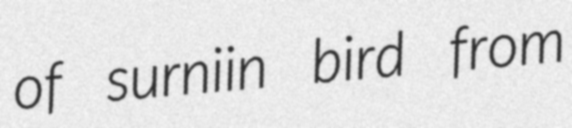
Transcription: of surniin bird from